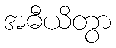
အဓီယိတွာ